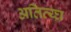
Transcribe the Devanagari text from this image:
अतिव्य्घ्र